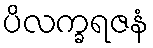
ပိလက္ခရဇနံ